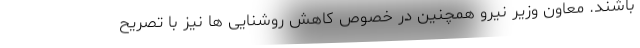
باشند. معاون وزیر نیرو همچنین در خصوص کاهش روشنایی ها نیز با تصریح